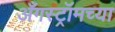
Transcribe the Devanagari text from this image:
अँगस्ट्रॉमच्या